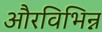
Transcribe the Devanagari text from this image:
औरविभिन्न